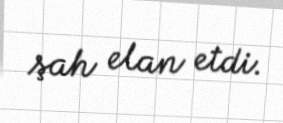
şah elan etdi.